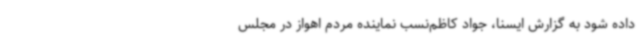
داده شود به گزارش ایسنا، جواد کاظم‌نسب نماینده مردم اهواز در مجلس